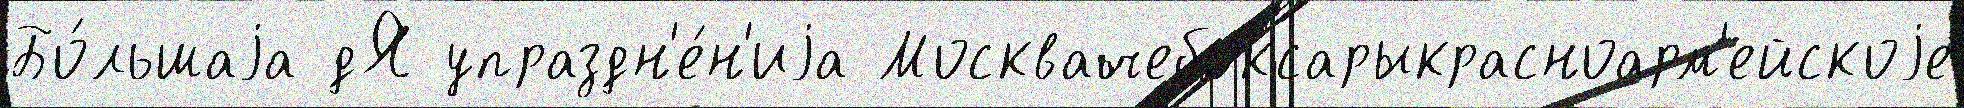
Бо́льшаjа дЯ упраздн'е́н'иjа Москвачебоксарыкрасноарм'ейскоjе